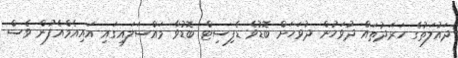
ދައުލަތުގެ ހަރަދުތައް ދުވަހުން ދުވަހަށް ބޮޑުވެ ޑެފިސިޓް ބޮޑުވާ މައްސަލައިގައި އައިއެމްއެފުން ވެސް